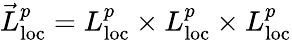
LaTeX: \vec{L}_{\mathrm{loc}}^{p}=L_{\mathrm{loc}}^{p}\times L_{\mathrm{loc}}^{p}\times L_{\mathrm{loc}}^{p}